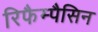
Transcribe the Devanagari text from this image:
रिफैम्पैसिन